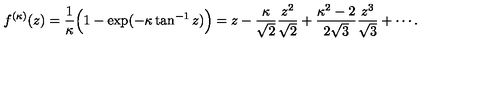
f ^ { ( \kappa ) } ( z ) = \frac { 1 } { \kappa } \Bigl ( 1 - \exp ( - \kappa \tan ^ { - 1 } z ) \Bigr ) = z - \frac { \kappa } { \sqrt { 2 } } \frac { z ^ { 2 } } { \sqrt { 2 } } + \frac { \kappa ^ { 2 } - 2 } { 2 \sqrt { 3 } } \frac { z ^ { 3 } } { \sqrt { 3 } } + \cdots .